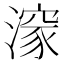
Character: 𭲩